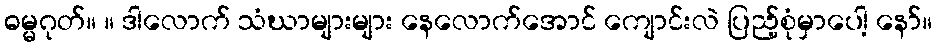
ဓမ္မဂုတ်။ ။ ဒါလောက် သံဃာများများ နေလောက်အောင် ကျောင်းလဲ ပြည့်စုံမှာပေါ့ နော်။